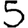
Digit: 5